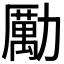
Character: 勵